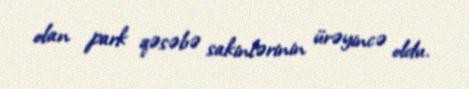
olan park qəsəbə sakinlərinin ürəyincə oldu.